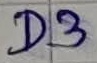
Text: D3